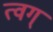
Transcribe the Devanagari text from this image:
त्वग्